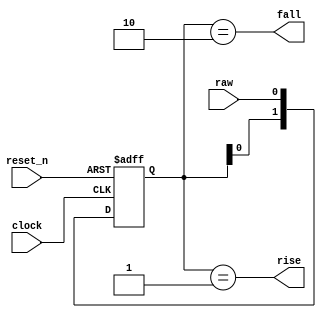
module EdgeDetector
    #(parameter init_level = 1'b1)
(
    input clock,
    input reset_n,
    input raw,
    output rise,
    output fall
);

    reg [1:0] window;

    always @(posedge clock or negedge reset_n)
        if (!reset_n)
            window <= { (2){ init_level } };
        else
            window <= { window[0], raw };

    assign rise = window == 2'b01;
    assign fall = window == 2'b10;

endmodule